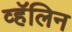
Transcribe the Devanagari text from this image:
व्हॅलिन